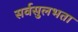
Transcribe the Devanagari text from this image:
सर्वसुलभता